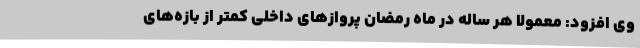
وی افزود: معمولا هر ساله در ماه رمضان پروازهای داخلی کمتر از بازه‌های